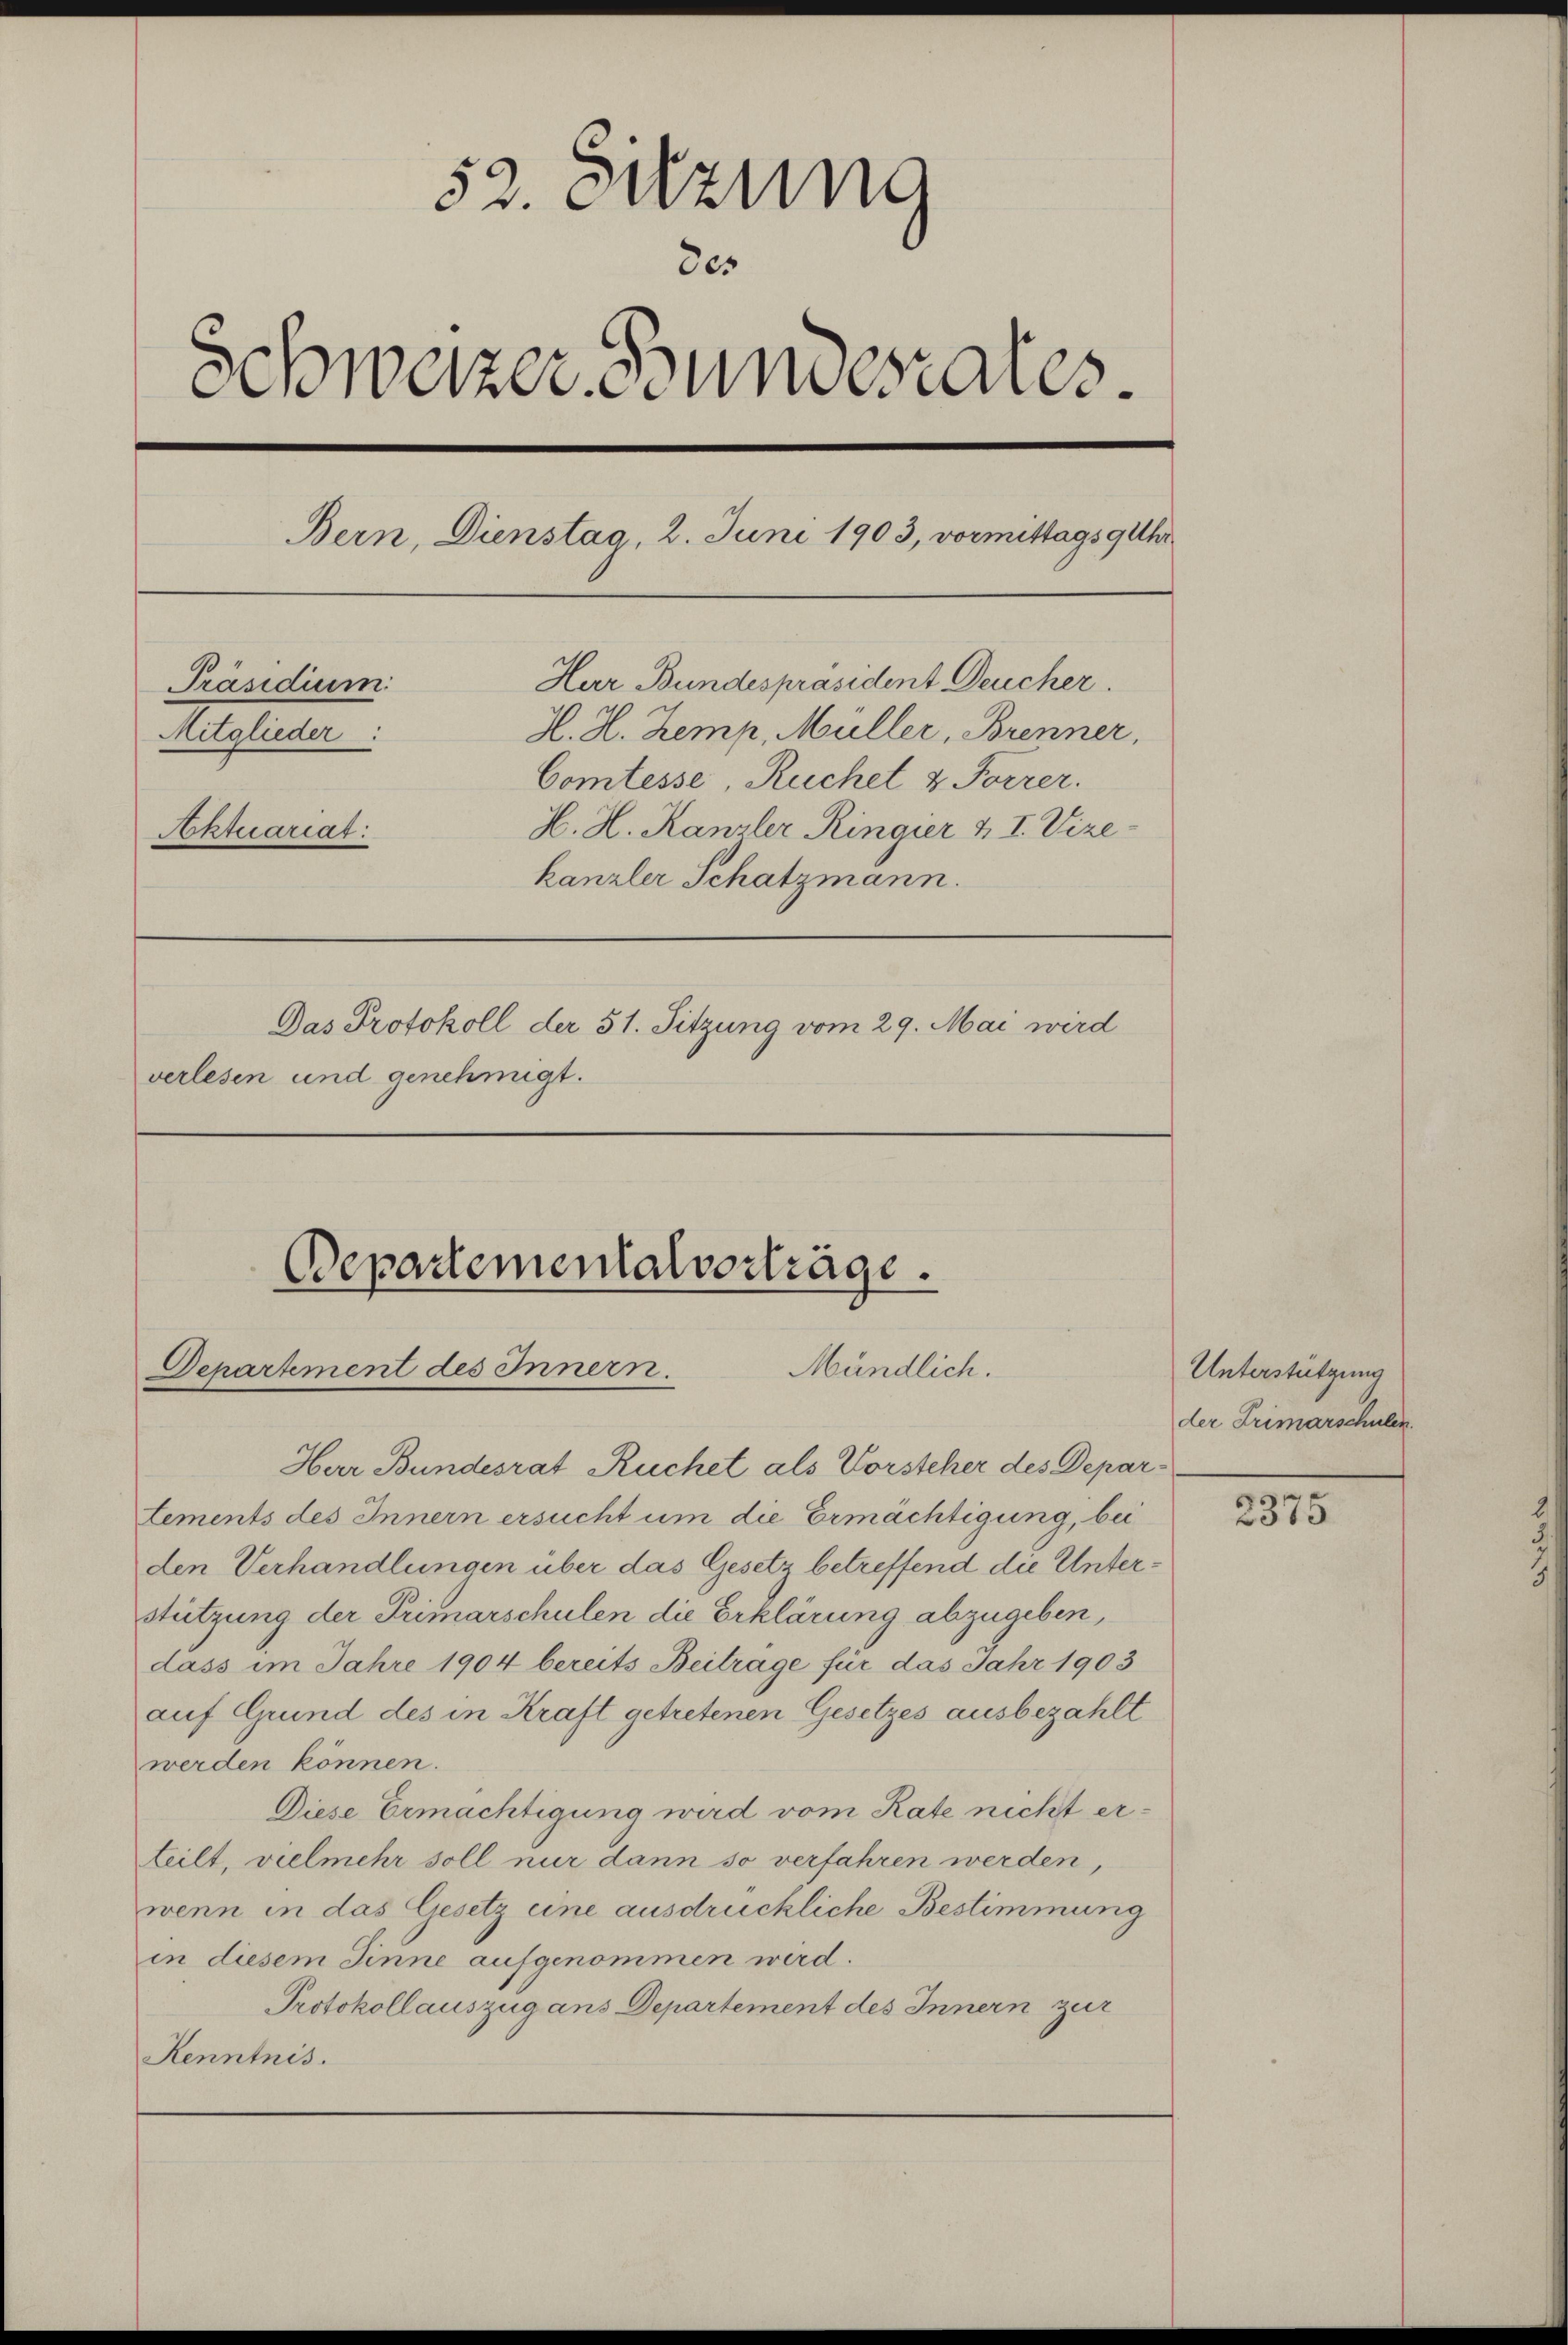
u
52. Sitzung
des
Schweizer Bundesares.
Bern, Dienstag, 2. Juni 1903, vormittags 9 Uhr
Her Bundespräsident Deucher.
Präsidium
H. H. Zemp, Müller, Brenner,
Mitglieder:
Comtesse, Ruchel & Forrer.
H. H. Kanzler Ringier u. I. Vize-
Aktuariat:
kanzler Schatzmann.
Das Protokoll der 51. Sitzung vom 29. Mai wird
verlesen und genehmigt.

Departemental vorträge.
Departement des Innern.
Mändlich.

Har Bundesrat Ruchet als Vorsteher des Depar¬
Lements des Innern ersucht um die Ermächtigung, bei
den Verhandlungen über das Gesetz betreffend die Unter¬
Stützung der Primarschulen die Erklärung abzugeben,
dass im Jahre 1904 bereits Beitrage für das Jahr 1903
auf Grund des in Kraft getretenen Gesetzes ausbezahlt
werden können.
Diese Ermächtigung wird vom Rate nicht erteilt, vielmehr soll nur dann so verfahren werden,
wenn in das Gesetz eine ausdrückliche Bestimmung
in diesem Sinne aufgenommen wird.
Protokollauszug ans Departement des Innern zur
Kenntnis.

Unterstützung
der Primarschulen.

2375